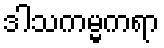
ဒါသကမ္မကရာ